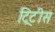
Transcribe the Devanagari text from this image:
ट्रिटीस